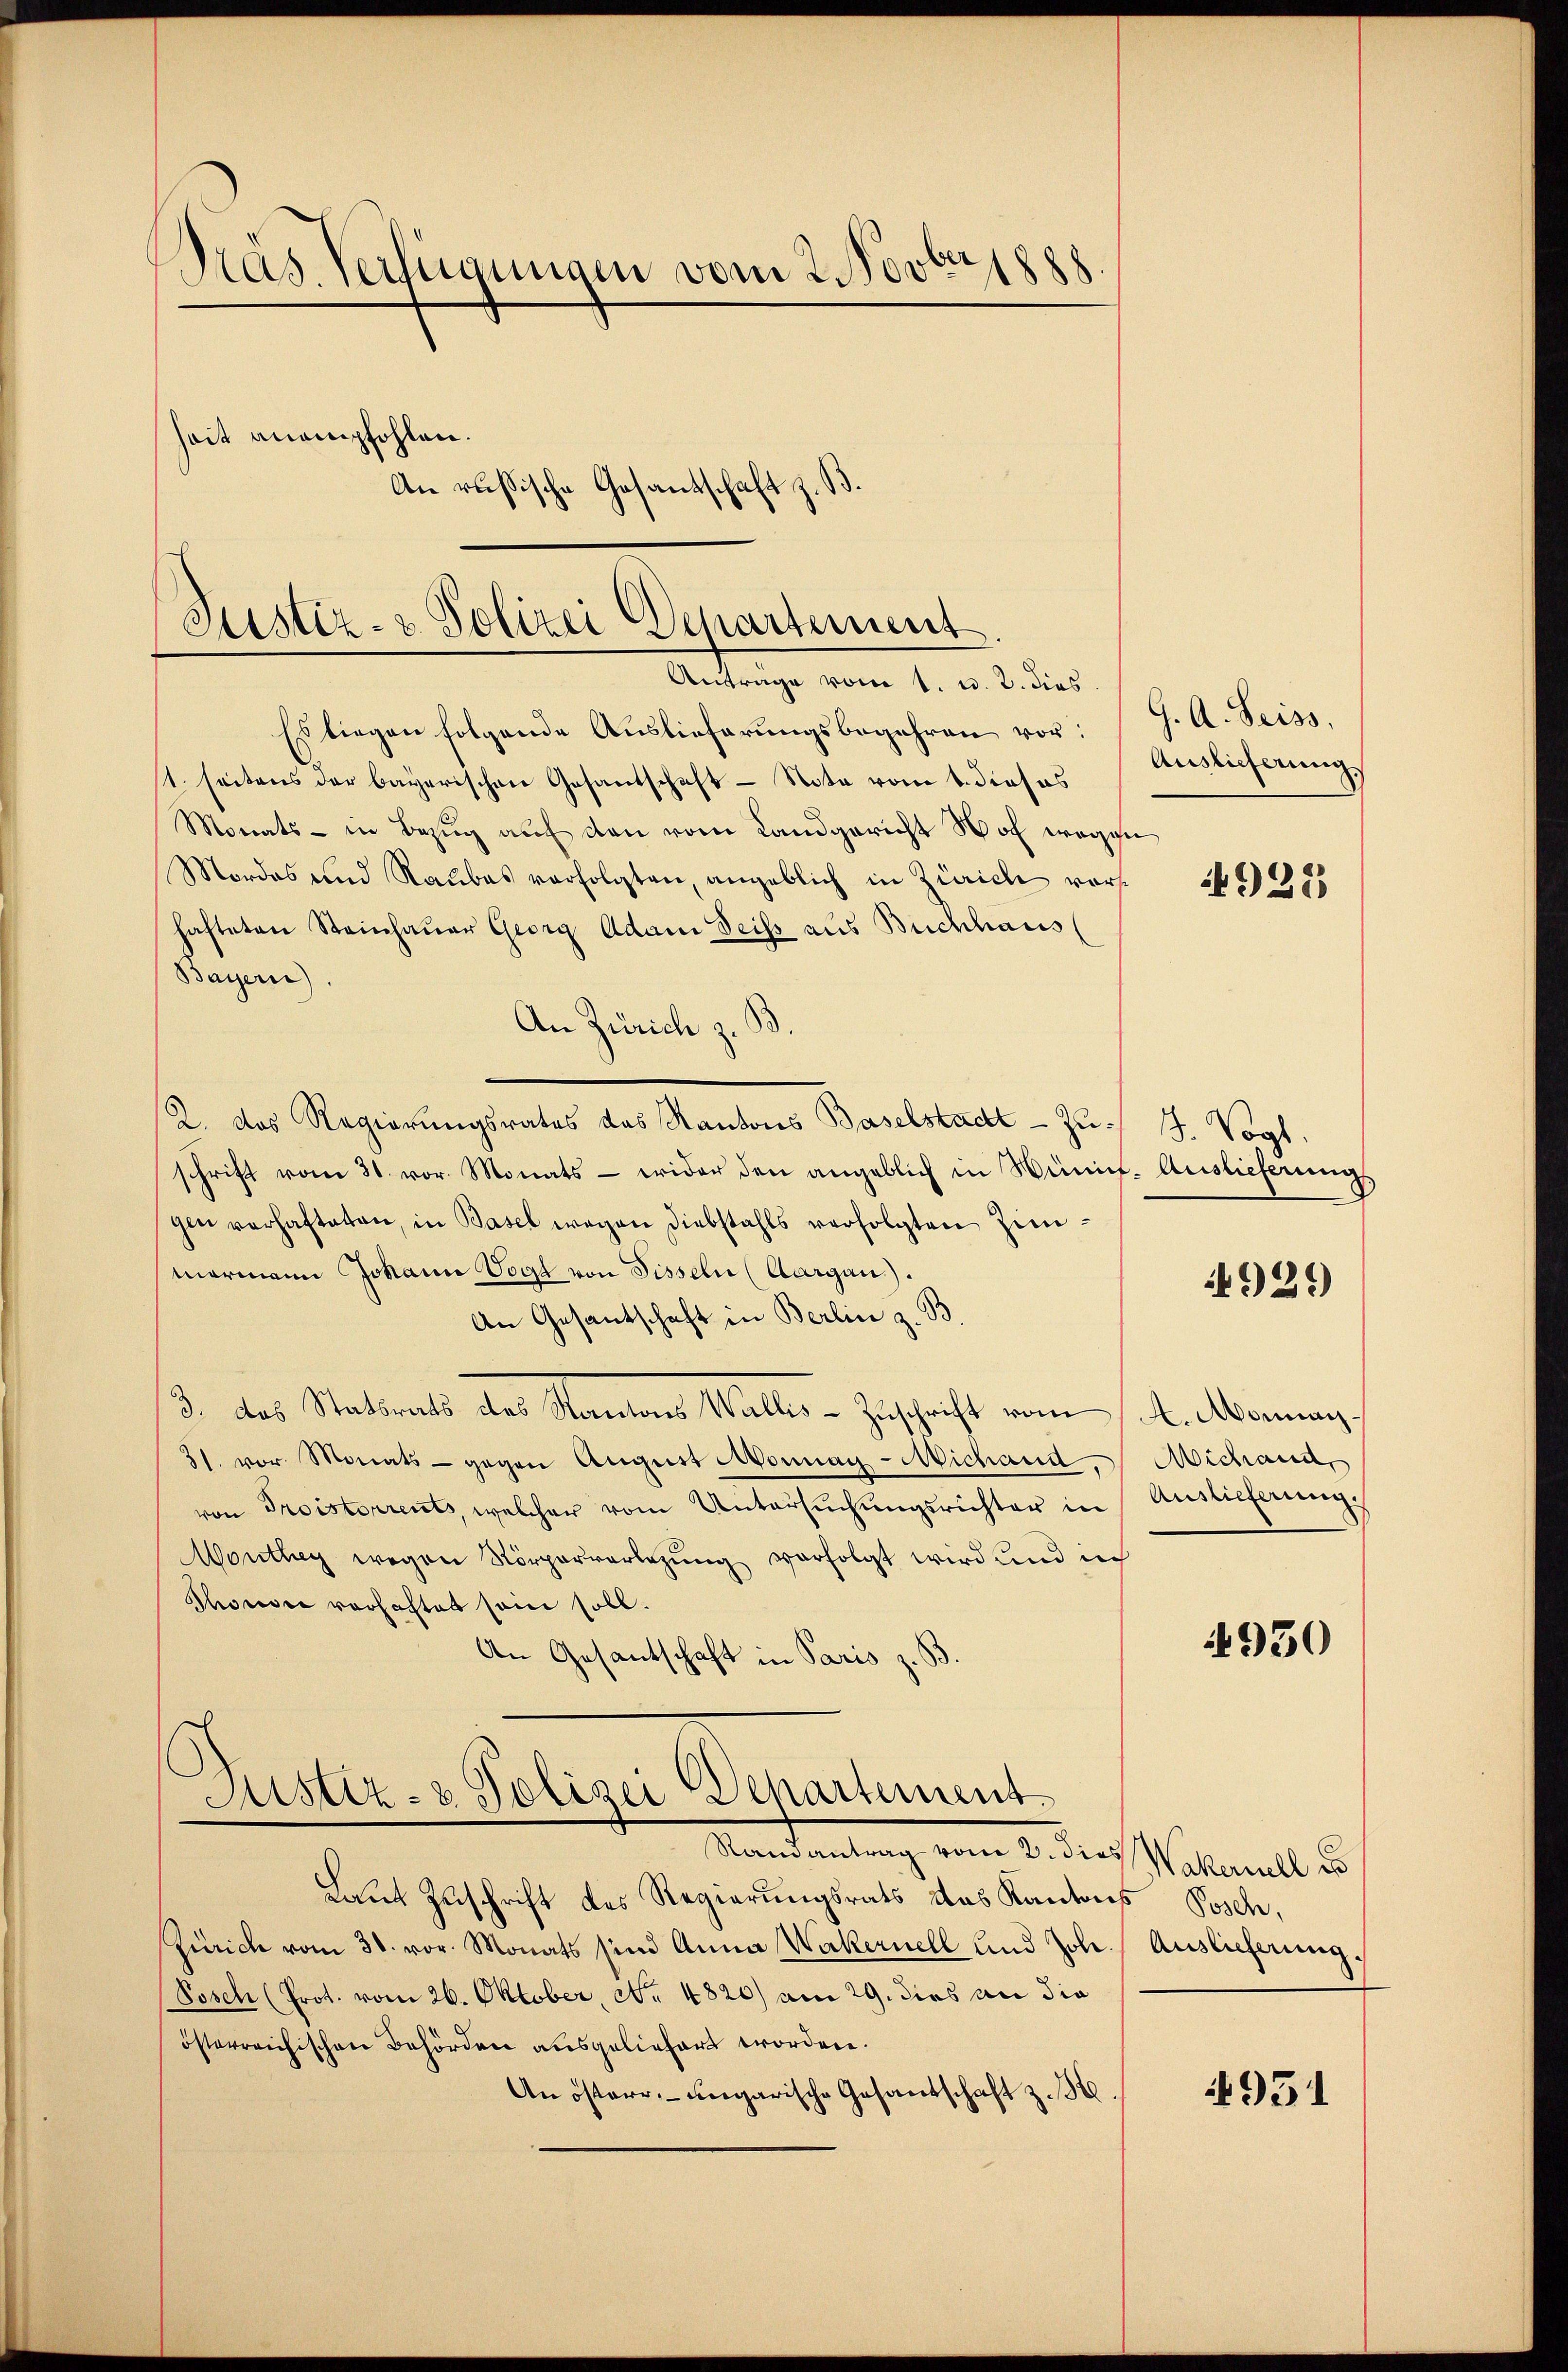
Präs. Verfügungen vom 2. Novbr 1888.
hait anempfohlen.
An russische Gesandschaft z. B.

Justiz- & Polizei Departement.
Anträge vom 1. u. 2. dies

Es liegen folgende Auslieferungsbegehren vor:
t. seitens der bayerischen Gesandschaft - Nota vom 1. dieses
Monats- in Bezŭg aŭf den vom Landgericht Not wegen
Mordes und Raubes verfolgten, angeblich in Zürich vorhafteten Steinhauer Georg Adam Seiss aus Buchhaus
Bayern).
An Zürich zu
2. das Regierungsrates des Kantons Baselstadt - Zu: 4. Vogt.
schrift vom 31. vor. Monats - wider den angeblich in Wini- Auslieferŭngs
gin verhafteten, in Basel wegen Diebstahls verfolgten Zimmormann Johann Vogt von Disseln (Aargau).
An Gesantschaft in Berlin z. B
3. das Statsrats des Kantons Walles-Zuschrift vom 14. Monnanz
31. vor. Monats - gegen August Monnag-Michand, Michand,
von Preisterrents, welcher vom Untersuchungsrichter in
Monthey wegen Körperverlegung verfolgt wird und ich
Phorsee vorhaftet sein soll.
An Gesantschaft in Paris z. B

Justiz- & Polizei Departement
Mandantung vom 2. dies J. alemal s

Laut Zuschrift des Regierungsrats das Kantons Posch,
Zürich vom 30. vor. Monats sind Anna Wakernell und Joh.
Posch (Prot. vom 26. Oktober, No. 4820) am 29. dies an die
österreichischen Behörden ausgeliefert worden.
An österr. ungarische Gesandschaft z. 3.

G. A. Seiss,
Auslieferung

4922

1921)

Auslieferung.

4930

Auslicherung.

4951